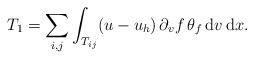
LaTeX: \begin{align*}T_1 = \sum_{i,j}\int_{T_{ij}}(u-u_h)\,\partial_vf\,\theta_f\,{\rm d}v\,{\rm d}x.\end{align*}